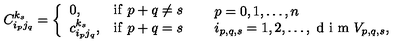
C _ { i _ { p } j _ { q } } ^ { k _ { s } } = \left\{ \begin{array} { l l l } { 0 , } & { \mathrm { i f } \ p + q \neq s } \\ { c _ { i _ { p } j _ { q } } ^ { k _ { s } } , } & { \mathrm { i f } \ p + q = s } \\ \end{array} \right. \quad \begin{array} { l } { p = 0 , 1 , \ldots , n } \\ { i _ { p , q , s } = 1 , 2 , \ldots , \textrm { d i m } V _ { p , q , s } , } \\ \end{array}